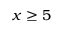
x \ge 5